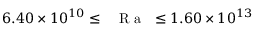
6 . 4 0 \times 1 0 ^ { 1 0 } \leq \mathrm { ~ \textit ~ { ~ R ~ a ~ } ~ } \leq 1 . 6 0 \times 1 0 ^ { 1 3 }